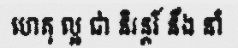
ហេតុ ល្អ ជា និរន្តរ៍ នឹង នាំ